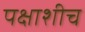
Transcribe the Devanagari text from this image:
पक्षाशीच